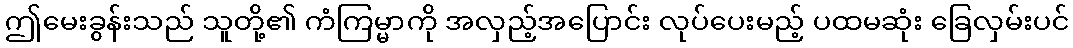
ဤမေးခွန်းသည် သူတို့၏ ကံကြမ္မာကို အလှည့်အပြောင်း လုပ်ပေးမည့် ပထမဆုံး ခြေလှမ်းပင်